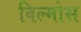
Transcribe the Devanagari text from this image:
विल्मोस